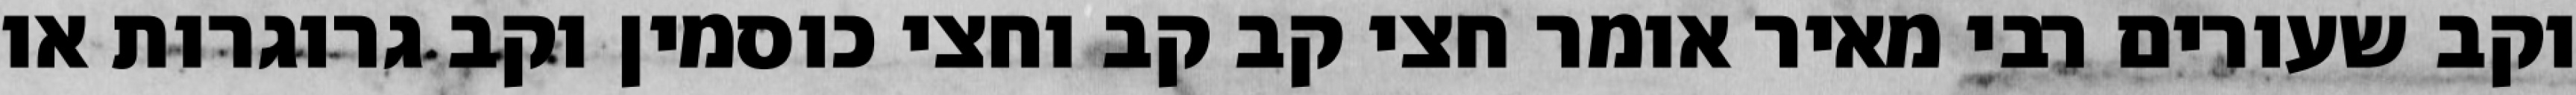
וקב שעורים רבי מאיר אומר חצי קב קב וחצי כוסמין וקב גרוגרות או